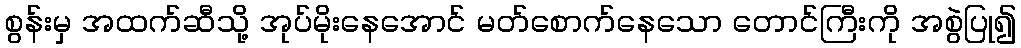
စွန်းမှ အထက်ဆီသို့ အုပ်မိုးနေအောင် မတ်စောက်နေသော တောင်ကြီးကို အစွဲပြု၍